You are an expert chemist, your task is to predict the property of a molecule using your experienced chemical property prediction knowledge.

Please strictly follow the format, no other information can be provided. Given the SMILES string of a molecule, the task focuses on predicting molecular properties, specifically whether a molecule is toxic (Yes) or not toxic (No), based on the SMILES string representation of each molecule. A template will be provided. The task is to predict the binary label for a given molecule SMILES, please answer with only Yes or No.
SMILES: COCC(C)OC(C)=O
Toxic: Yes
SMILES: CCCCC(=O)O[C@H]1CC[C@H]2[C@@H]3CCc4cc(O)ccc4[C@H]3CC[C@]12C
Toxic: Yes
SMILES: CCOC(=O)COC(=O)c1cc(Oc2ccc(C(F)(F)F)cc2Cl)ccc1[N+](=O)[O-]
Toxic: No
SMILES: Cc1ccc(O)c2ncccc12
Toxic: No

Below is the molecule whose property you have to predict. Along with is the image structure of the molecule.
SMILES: CCCCC(CC)COC(=O)c1ccccc1
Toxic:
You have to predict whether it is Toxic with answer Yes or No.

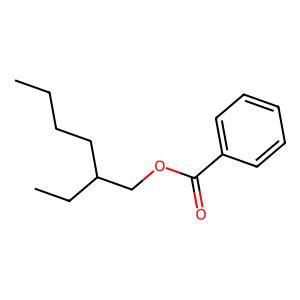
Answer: No